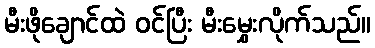
မီးဖိုချောင်ထဲ ဝင်ပြီး မီးမွှေးလိုက်သည်။